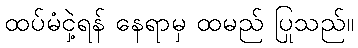
ထပ်မံငှဲ့ရန် နေရာမှ ထမည် ပြုသည်။